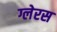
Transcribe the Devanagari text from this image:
ग्लेरस